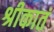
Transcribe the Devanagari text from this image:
श्रीकातं